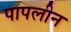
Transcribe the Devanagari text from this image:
पापलीन